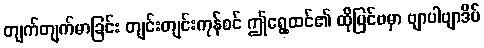
တျက်တျက်မာခြင်း တျင်းတျင်းကုန်စင် ဤရွေ့ထင်၏ ထိုပြင်ဗမှာ ဗျာပါဗျာဒိပ်